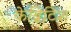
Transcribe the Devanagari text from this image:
केब्रिटिश